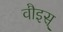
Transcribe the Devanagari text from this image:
वौइस्